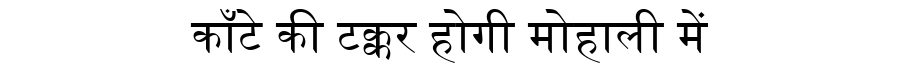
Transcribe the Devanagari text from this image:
काँटे की टक्कर होगी मोहाली में